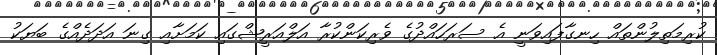
ކުރިމަތިލުންތައް ހިނގާފައިވަނީ އެ ސަރަހައްދުގެ ވެރިކަންކުރާ އަލްއަރީޝްގައި ކަމަށާއި ގިނަ އަދަދެއްގެ ބަޔަކު